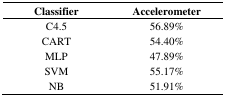
<table><thead><tr><td><b>Classifier</b></td><td><b>Accelerometer</b></td></tr></thead><tbody><tr><td>C4.5</td><td>56.89%</td></tr><tr><td>CART</td><td>54.40%</td></tr><tr><td>MLP</td><td>47.89%</td></tr><tr><td>SVM</td><td>55.17%</td></tr><tr><td>NB</td><td>51.91%</td></tr></tbody></table>